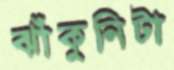
ঝাঁকুনিটা